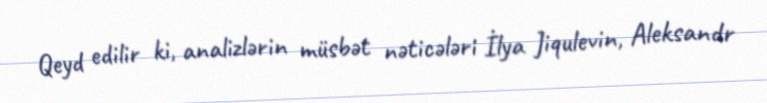
Qeyd edilir ki, analizlərin müsbət nəticələri İlya Jiqulevin, Aleksandr